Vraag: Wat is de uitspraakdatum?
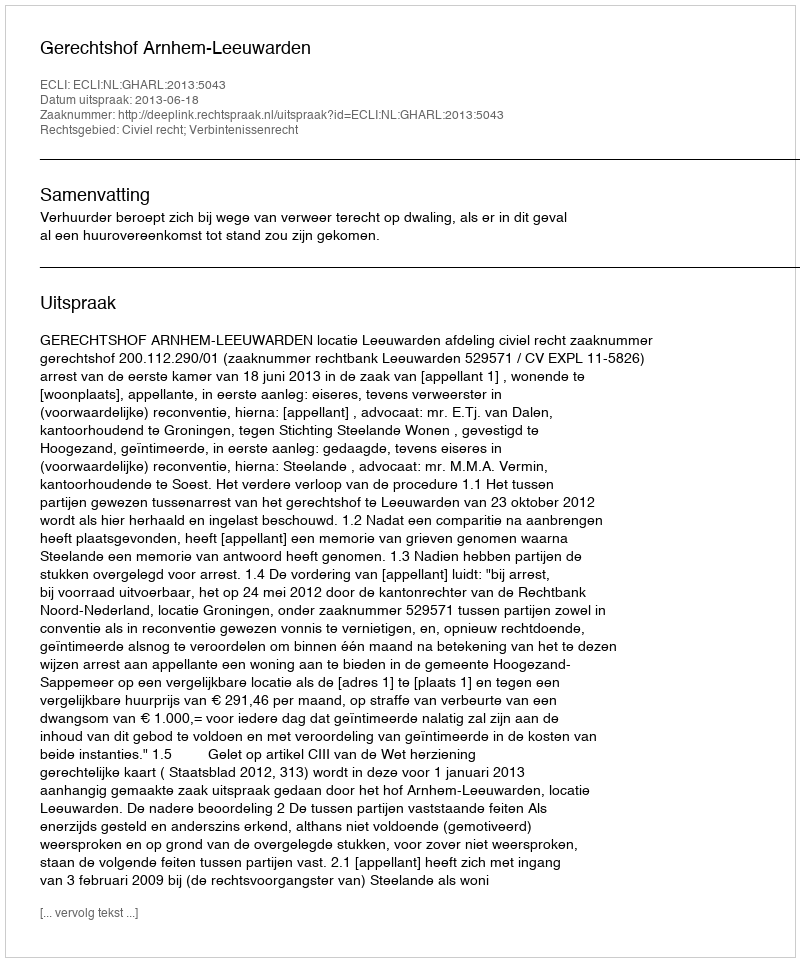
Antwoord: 2013-06-18